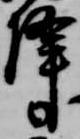
降